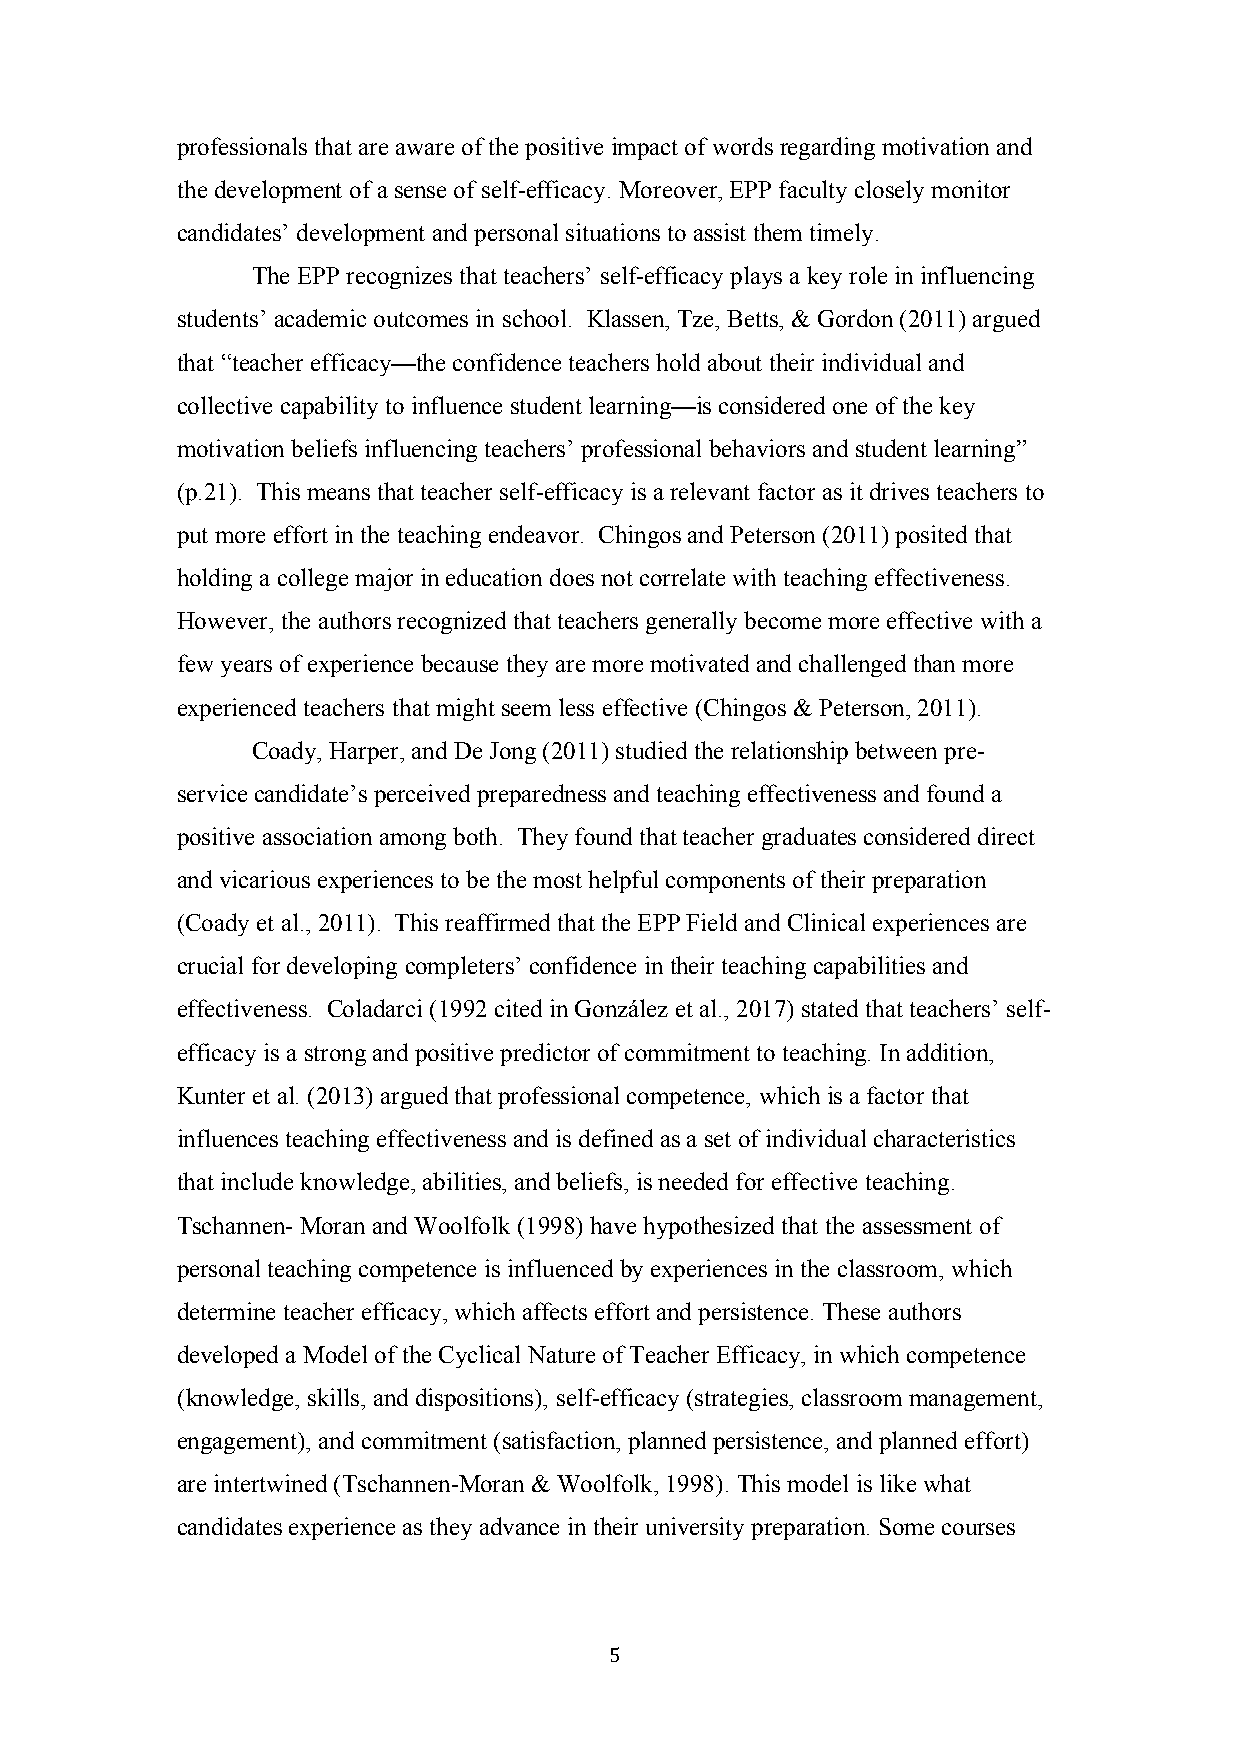
professionals that are aware of the positive impact of words regarding motivation and
 the development of a sense of self-efficacy. Moreover, EPP faculty closely monitor
 candidates’ development and personal situations to assist them timely.
 The EPP recognizes that teachers’ self-efficacy plays a key role in influencing
 students’ academic outcomes in school. Klassen, Tze, Betts, & Gordon (2011) argued
 that “teacher efficacy—the confidence teachers hold about their individual and
 collective capability to influence student learning—is considered one of the key
 motivation beliefs influencing teachers’ professional behaviors and student learning”
 (p.21). This means that teacher self-efficacy is a relevant factor as it drives teachers to
 put more effort in the teaching endeavor. Chingos and Peterson (2011) posited that
 holding a college major in education does not correlate with teaching effectiveness.
 However, the authors recognized that teachers generally become more effective with a
 few years of experience because they are more motivated and challenged than more
 experienced teachers that might seem less effective (Chingos & Peterson, 2011).
 Coady, Harper, and De Jong (2011) studied the relationship between pre-
 service candidate’s perceived preparedness and teaching effectiveness and found a
 positive association among both. They found that teacher graduates considered direct
 and vicarious experiences to be the most helpful components of their preparation
 (Coady et al., 2011). This reaffirmed that the EPP Field and Clinical experiences are
 crucial for developing completers’ confidence in their teaching capabilities and
 effectiveness. Coladarci (1992 cited in González et al., 2017) stated that teachers’ self-
 efficacy is a strong and positive predictor of commitment to teaching. In addition,
 Kunter et al. (2013) argued that professional competence, which is a factor that
 influences teaching effectiveness and is defined as a set of individual characteristics
 that include knowledge, abilities, and beliefs, is needed for effective teaching.
 Tschannen- Moran and Woolfolk (1998) have hypothesized that the assessment of
 personal teaching competence is influenced by experiences in the classroom, which
 determine teacher efficacy, which affects effort and persistence. These authors
 developed a Model of the Cyclical Nature of Teacher Efficacy, in which competence
 (knowledge, skills, and dispositions), self-efficacy (strategies, classroom management,
 engagement), and commitment (satisfaction, planned persistence, and planned effort)
 are intertwined (Tschannen-Moran & Woolfolk, 1998). This model is like what
 candidates experience as they advance in their university preparation. Some courses
 5